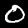
Label: 0